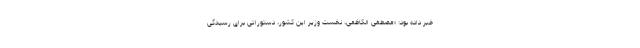
خبر داده بود: «مصطفی الکاظمی، نخست وزیر این کشور، دستوراتی برای رسیدگی